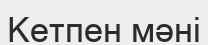
Кетпен мәні